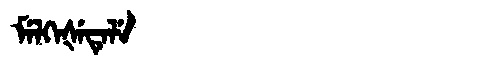
Manchu: ᠮᡝᠯᡴᡝᡧᡝᡨᡝᠯᡝ
Romanization: MELKEŠETELE